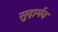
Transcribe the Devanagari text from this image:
सुदार्मन